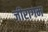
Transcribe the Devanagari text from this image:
जीरागम